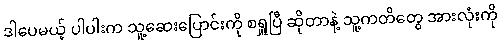
ဒါပေမယ့် ပါပါးက သူ့ဆေးပြောင်းကို စရှူပြီ ဆိုတာနဲ့ သူ့ကတိတွေ အားလုံးကို